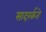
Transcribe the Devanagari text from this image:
सादरर्कते